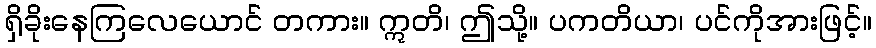
ရှိခိုးနေကြလေယောင် တကား။ ဣတိ၊ ဤသို့။ ပကတိယာ၊ ပင်ကိုအားဖြင့်။